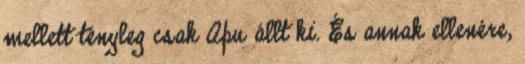
mellett tényleg csak Apu állt ki. És annak ellenére,